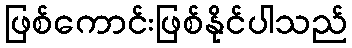
ဖြစ်ကောင်းဖြစ်နိုင်ပါသည်